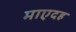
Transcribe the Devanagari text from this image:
माएदह